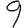
Digit: 9